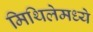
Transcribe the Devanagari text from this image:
मिथिलेमध्ये